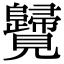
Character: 𧢦